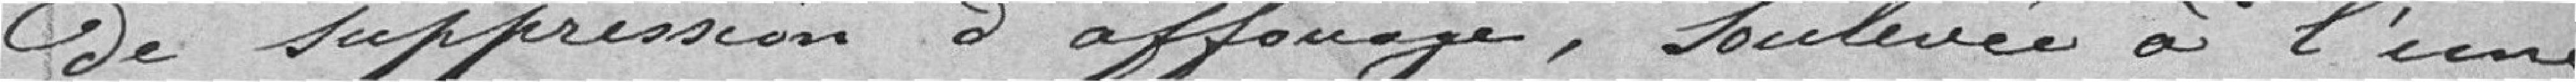
de suppression d'affonage, soulevée à l'une